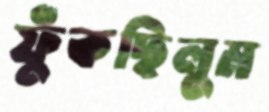
ফুঁকছিলুম